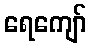
ရေကျော်